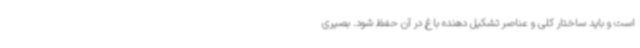
است و باید ساختار کلی و عناصر تشکیل دهنده باغ در آن حفظ شود. بصیری